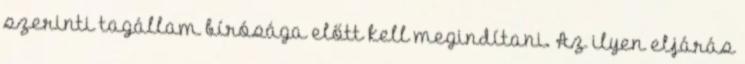
szerinti tagállam bírósága előtt kell megindítani. Az ilyen eljárás